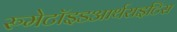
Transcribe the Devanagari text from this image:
रुमेटॉइडआर्थराइटिस